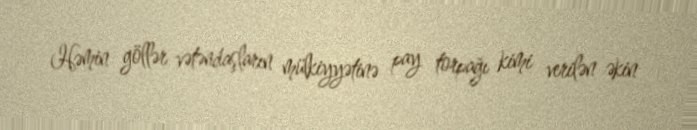
Həmin göllər vətəndaşların mülkiyyətinə pay torpağı kimi verilən əkin